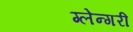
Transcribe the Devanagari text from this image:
ग्लेन्गरी